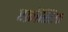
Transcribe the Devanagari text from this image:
एक्रॉस्टिक